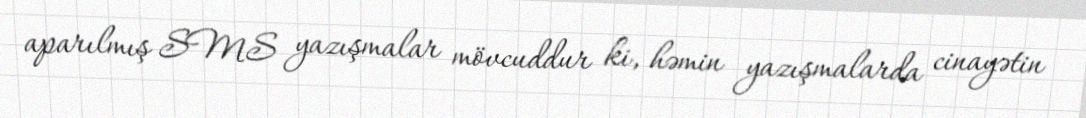
aparılmış SMS yazışmalar mövcuddur ki, həmin yazışmalarda cinayətin